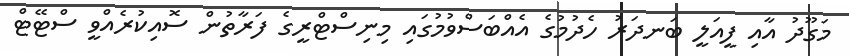
މަގޫދު އާއި ފީއަލީ ބަނދަރު ހެދުމުގެ އެއްބަސްވުމުގައި މިނިސްޓްރީގެ ފަރާތުން ސޮއިކުރެއްވީ ސްޓޭޓް